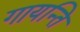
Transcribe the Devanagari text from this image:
गायन्ति